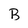
Character: B